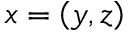
x = \left( y , z \right)